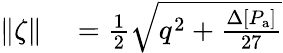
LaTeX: \begin{array}{rl}{\| \zeta\| }&{{}=\frac{1}{2}\sqrt{q^{2}+\frac{\Delta[P_{\mathrm{a}}]}{27}}}\end{array}